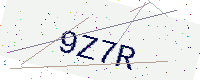
Text: 9Z7R